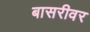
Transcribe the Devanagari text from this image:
बासरीवर